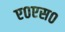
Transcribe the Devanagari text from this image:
ए०एस०